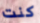
كنت